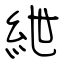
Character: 紲